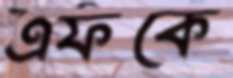
এফকে